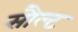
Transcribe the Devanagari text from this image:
सौल्ट